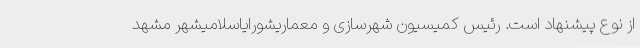
از نوع پیشنهاد است. رئیس کمیسیون شهرسازی و معماریشورایاسلامیشهر مشهد